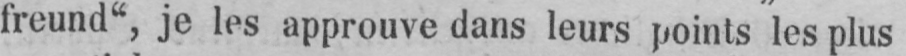
freund“, je les approuve dans leurs points les plus